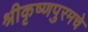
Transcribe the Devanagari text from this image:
श्रीकृष्णपुरमचे